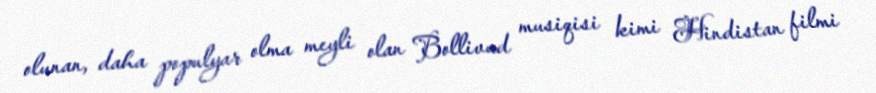
olunan, daha populyar olma meyli olan Bollivud musiqisi kimi Hindistan filmi